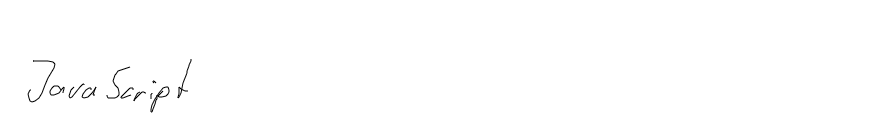
JavaScript